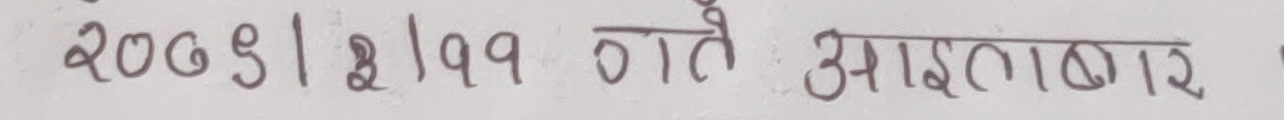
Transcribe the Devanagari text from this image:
२०७९|२|१९ गते आइतबार